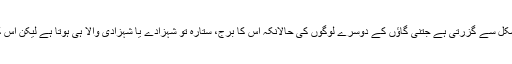
اس بچے کی زندگی اتنی ہی مشکل سے گزرتی ہے جتنی گاؤں کے دوسرے لوگوں کی حالانکہ اس کا برج، ستارہ تو شہزادے یا شہزادی والا ہی ہوتا ہے لیکن اس کی قسمت پر اثر انداز نہیں ہوتا۔